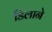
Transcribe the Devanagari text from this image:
डिलाने